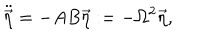
LaTeX: \ddot { \vec { \eta } } = - A B \vec { \eta } : = - \Omega ^ { 2 } \vec { \eta } ,